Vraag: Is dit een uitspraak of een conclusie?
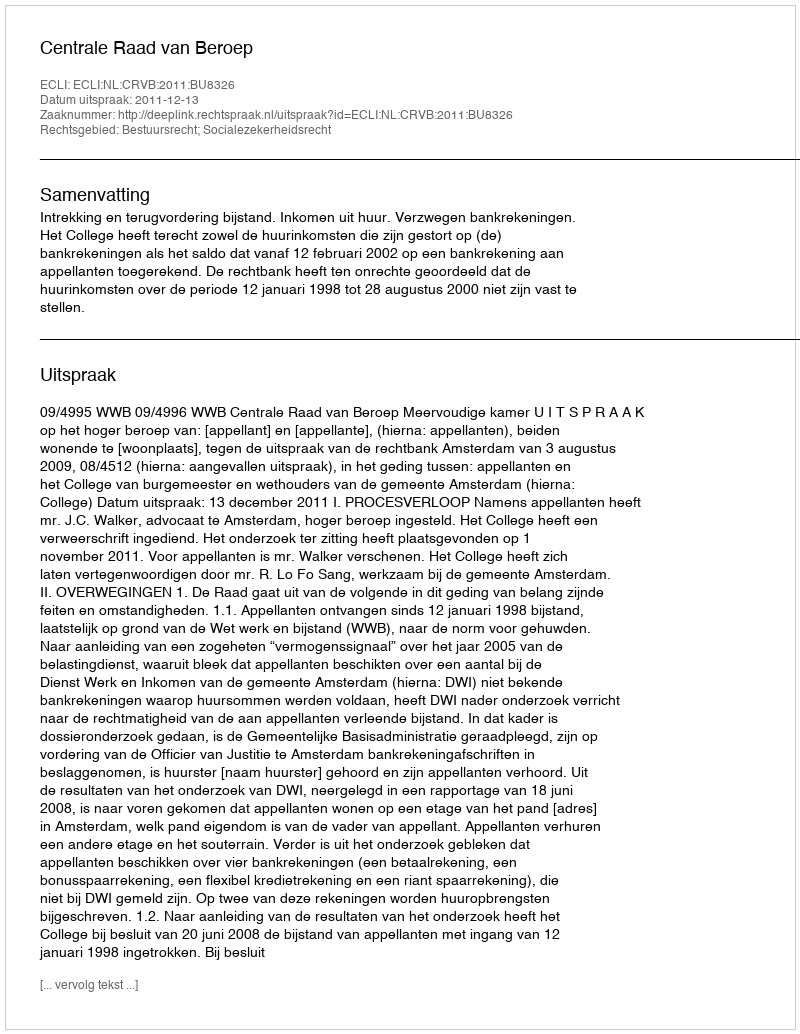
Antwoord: Uitspraak